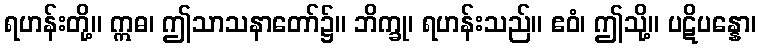
ရဟန်းတို့။ ဣဓ၊ ဤသာသနာတော်၌။ ဘိက္ခု၊ ရဟန်းသည်။ ဧဝံ၊ ဤသို့။ ပဋိပန္နော၊